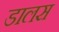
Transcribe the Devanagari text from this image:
डालस